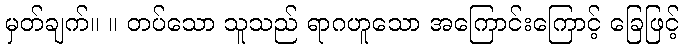
မှတ်ချက်။ ။ တပ်သော သူသည် ရာဂဟူသော အကြောင်းကြောင့် ခြေဖြင့်